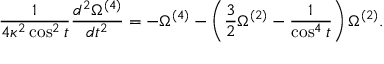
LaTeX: \frac { 1 } { 4 \kappa ^ { 2 } \cos ^ { 2 } { t } } \frac { d ^ { 2 } \Omega ^ { ( 4 ) } } { d t ^ { 2 } } = - \Omega ^ { ( 4 ) } - \left( \frac { 3 } { 2 } \Omega ^ { ( 2 ) } - \frac { 1 } { \cos ^ { 4 } { t } } \right) \Omega ^ { ( 2 ) } .